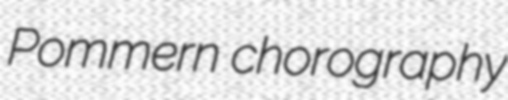
Pommern chorography